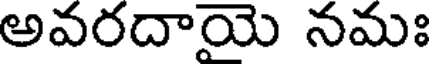
అవరదాయె నమః